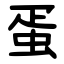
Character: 蛋